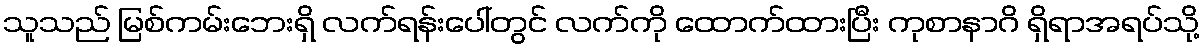
သူသည် မြစ်ကမ်းဘေးရှိ လက်ရန်းပေါ်တွင် လက်ကို ထောက်ထားပြီး ကုစာနာဂိ ရှိရာအရပ်သို့